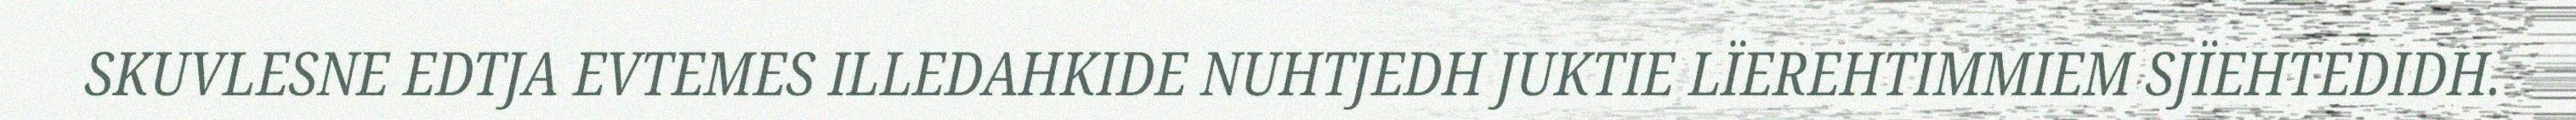
SKUVLESNE EDTJA EVTEMES ILLEDAHKIDE NUHTJEDH JUKTIE LÏEREHTIMMIEM SJÏEHTEDIDH.